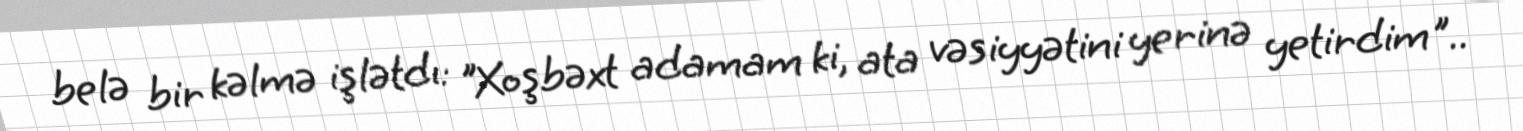
belə bir kəlmə işlətdı: "Xoşbəxt adamam ki, ata vəsiyyətini yerinə yetirdim"..